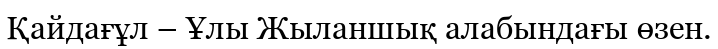
Қайдағұл – Ұлы Жыланшық алабындағы өзен.